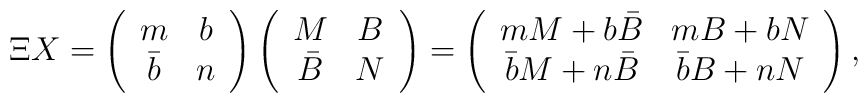
\Xi X =  \left(  \begin{array}{cc}  m & b  \\  \bar{b}  & n   \end{array}   \right)  \left(  \begin{array}{cc}  M & B  \\  \bar{B}  & N   \end{array}   \right) =  \left(  \begin{array}{cc}  m M + b \bar{B} & m B + b N \\  \bar{b} M + n \bar{B}  & \bar{b} B + n N  \end{array}   \right),